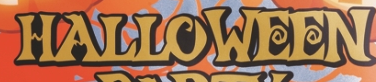
HALLOWEEN